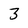
Character: 3